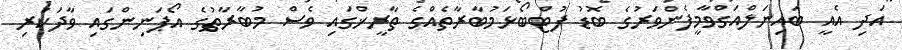
އަދި އެއީ ބައިނަލްއަގްވާމީފެންވަރުގެ ބޮޑު ފުޓްބޯޅަމުބާރާތެއްގެ ތާރީޚްގައި ވެސް މުބާރާތުގެ އޯޕަނިންގައި ވާދަކުރި